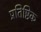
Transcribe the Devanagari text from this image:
प्रतिष्ठिक